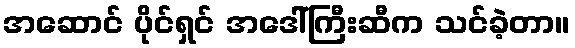
အဆောင် ပိုင်ရှင် အဒေါ်ကြီးဆီက သင်ခဲ့တာ။